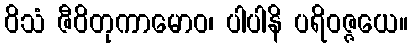
ဝိသံ ဇီဝိတုကာမောဝ၊ ပါပါနိ ပရိဝဇ္ဇယေ။